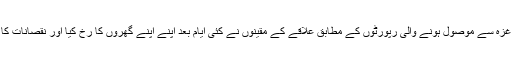
نيوز ايجنسی اے ايف پی کی غزہ سے موصول ہونے والی رپورٹوں کے مطابق علاقے کے مقينوں نے کئی ايام بعد اپنے اپنے گھروں کا رخ کيا اور نقصانات کا اندازہ لگانے کی کوشش کی۔